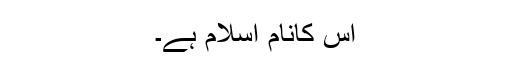
اس کانام اسلام ہے۔